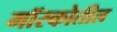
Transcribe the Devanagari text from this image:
मॉस्कोतील